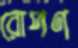
রোপণ